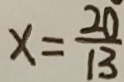
x = \frac { 2 0 } { 1 3 }